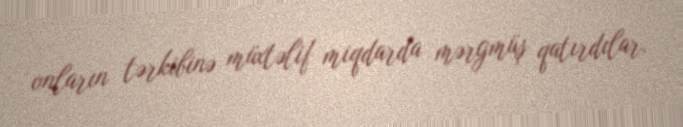
onların tərkibinə müxtəlif miqdarda mərgmüş qatırdılar.